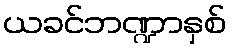
ယခင်ဘဏ္ဍာနှစ်